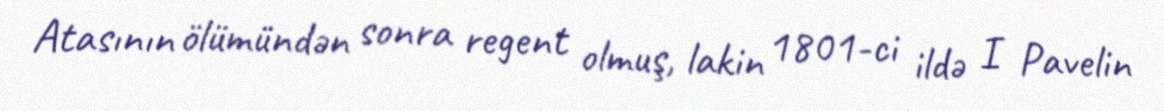
Atasının ölümündən sonra regent olmuş, lakin 1801-ci ildə I Pavelin